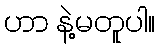
ဟာ နဲ့မတူပါ။